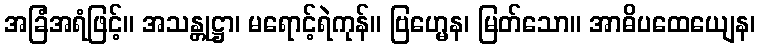
အခြံအရံဖြင့်။ အသန္တုဋ္ဌာ၊ မရောင့်ရဲကုန်။ ဗြဟ္မေန၊ မြတ်သော။ အာဓိပထေယျေန၊